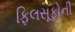
ફિલસૂફોની